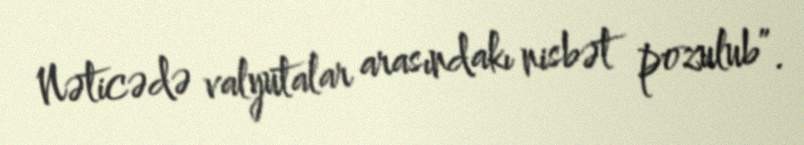
Nəticədə valyutalar arasındakı nisbət pozulub”.